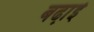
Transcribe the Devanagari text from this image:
बढा़ई